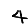
Digit: 4